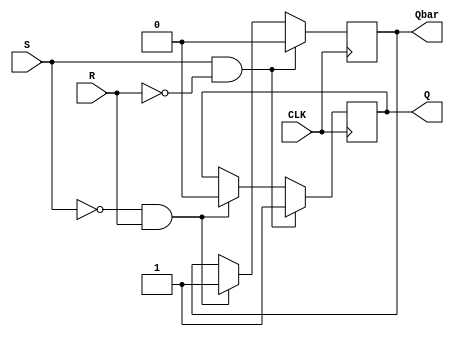
module Gated_SR_FF (
    input S, // Set input
    input R, // Reset input
    input CLK, // Clock input
    output reg Q, // Output representing current state
    output reg Qbar // Complementary output
);

reg Q_next;
reg Qbar_next;

always @(posedge CLK) begin
    if (S && !R) begin
        Q_next <= 1;
        Qbar_next <= 0;
    end else if (!S && R) begin
        Q_next <= 0;
        Qbar_next <= 1;
    end else begin
        Q_next <= Q;
        Qbar_next <= Qbar;
    end
end

assign Q = Q_next;
assign Qbar = Qbar_next;

endmodule